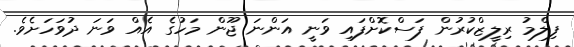
ފިލްމު ރިލީޒްކުރުން ފަސްކޮށްފައި ވަނީ އަންނަ ޖޫން މަހުގެ އެއް ވަނަ ދުވަހަށެވެ.